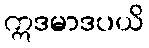
ဣဒမာဒပယိ